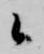
候